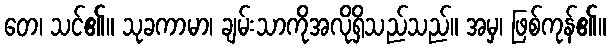
တေ၊ သင်၏။ သုခကာမာ၊ ချမ်းသာကိုအလိုရှိသည်သည်။ အမှ၊ ဖြစ်ကုန်၏။